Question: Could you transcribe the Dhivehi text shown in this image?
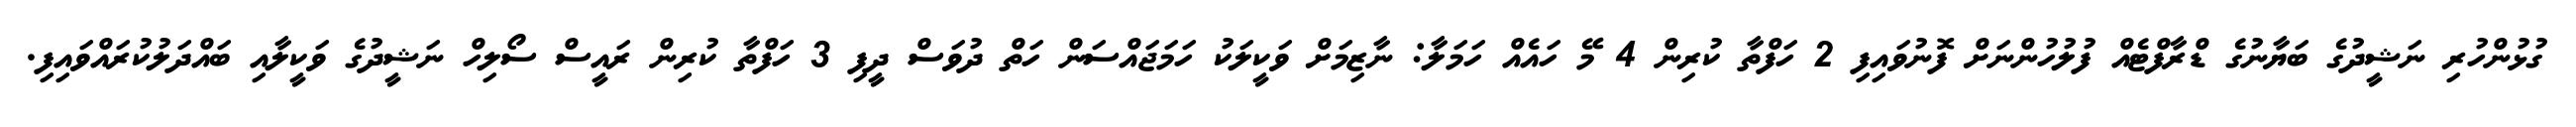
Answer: ގުޅުންހުރި ނަޝީދުގެ ބަޔާނުގެ ޑްރާފްޓެއް ފުލުހުންނަށް ފޮނުވައިފި 2 ހަފްތާ ކުރިން 4 މޭ ހައެއް ހަމަލާ: ނާޒިމަށް ވަކީލަކު ހަމަޖައްސަން ހަތް ދުވަސް ދީފި 3 ހަފްތާ ކުރިން ރައީސް ސޯލިހް ނަޝީދުގެ ވަކީލާއި ބައްދަލުކުރައްވައިފި.